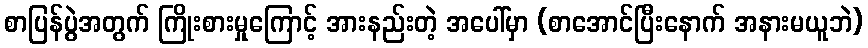
စာပြန်ပွဲအတွက် ကြိုးစားမှုကြောင့် အားနည်းတဲ့ အပေါ်မှာ (စာအောင်ပြီးနောက် အနားမယူဘဲ)